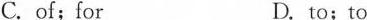
C. of; for D. to; to